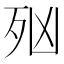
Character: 𣧑